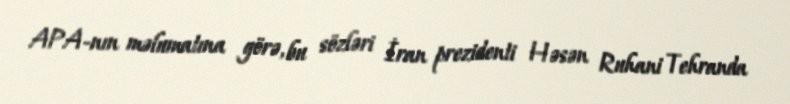
APA-nın məlumatına görə, bu sözləri İran prezidenti Həsən Ruhani Tehranda